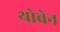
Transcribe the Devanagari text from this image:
थोवेन